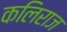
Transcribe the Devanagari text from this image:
कलिराज